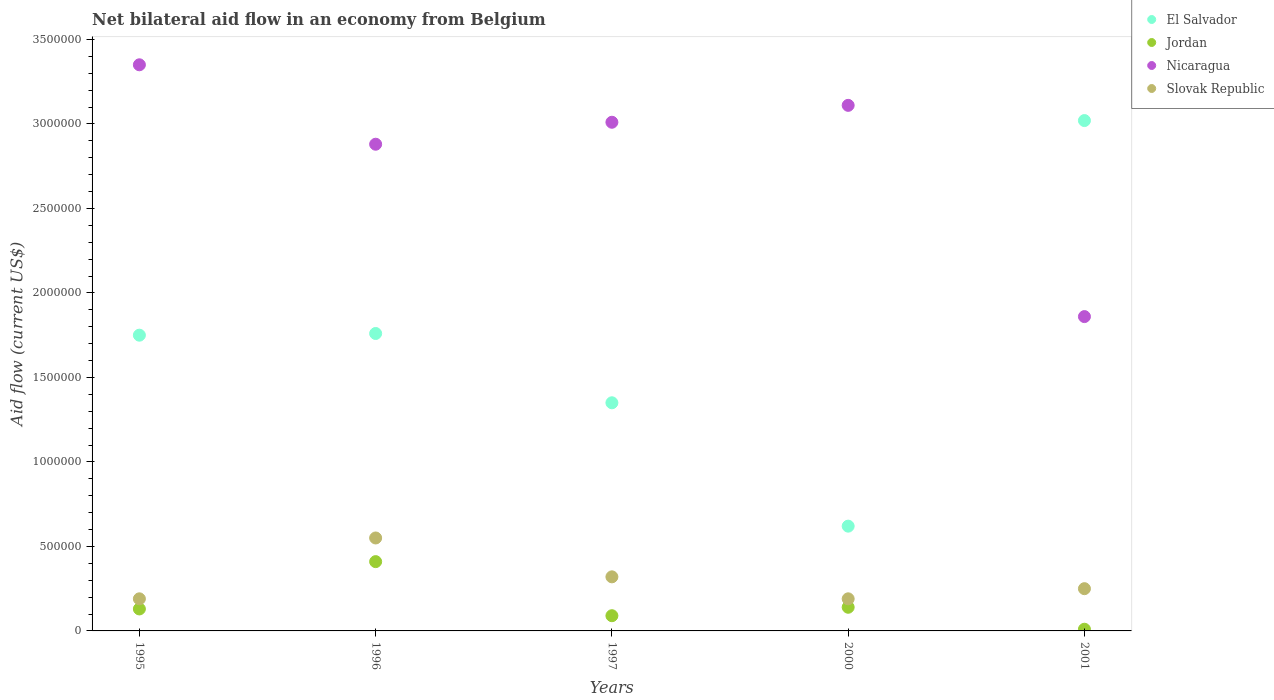
| Years | El Salvador | Jordan | Nicaragua | Slovak Republic |
 | --- | --- | --- | --- | --- |
 | 1995 | 1.75e+06 | 1.3e+05 | 3.35e+06 | 1.9e+05 |
 | 1996 | 1.76e+06 | 4.1e+05 | 2.88e+06 | 5.5e+05 |
 | 1997 | 1.35e+06 | 9e+04 | 3.01e+06 | 3.2e+05 |
 | 2000 | 6.2e+05 | 1.4e+05 | 3.11e+06 | 1.9e+05 |
 | 2001 | 3.02e+06 | 1e+04 | 1.86e+06 | 2.5e+05 |